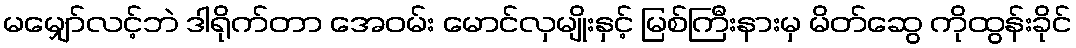
မမျှော်လင့်ဘဲ ဒါရိုက်တာ အေဝမ်း မောင်လှမျိုးနှင့် မြစ်ကြီးနားမှ မိတ်ဆွေ ကိုထွန်းခိုင်